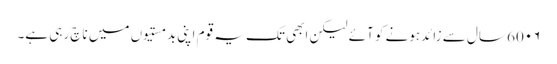
60۰۶ سال سے زائدہونے کو آئے لیکن ابھی تک یہ قوم اپنی بدمستیوں میں ناچ رہی ہے۔